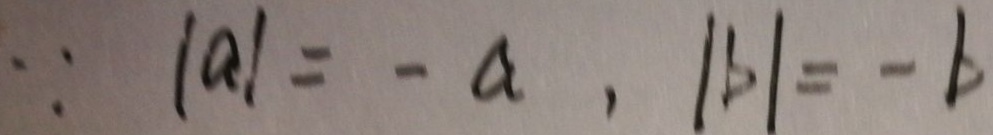
\because \vert a \vert = - a , \vert b \vert = - b